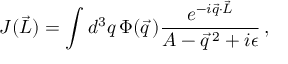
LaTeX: J ( \vec { L } ) = \int d ^ { 3 } q \, \Phi ( \vec { q } \, ) \frac { e ^ { - i \vec { q } \cdot \vec { L } } } { A - \vec { q } \, ^ { 2 } + i \epsilon } \, ,